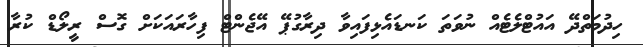
ހިދުމަތްދޭ އައުޓްލެޓެއް ނުވަތަ ކަނޑައެޅިފައިވާ ދިރާގުޕޭ އޭޖެންޓް ފިހާރައަކަށް ގޮސް ރީލޯޑް ކުރާ